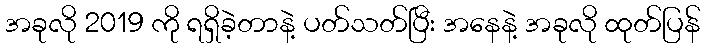
အခုလို 2019 ကို ရရှိခဲ့တာနဲ့ ပတ်သတ်ပြီး အနေနဲ့ အခုလို ထုတ်ပြန်